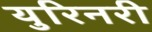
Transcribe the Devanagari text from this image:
युरिनरी